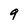
Character: 9